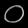
Digit: ၀